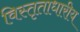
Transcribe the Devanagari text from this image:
विस्तृताधारीय